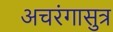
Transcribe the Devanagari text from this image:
अचरंगासुत्र